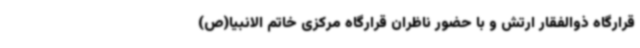
قرارگاه ذوالفقار ارتش و با حضور ناظران قرارگاه مرکزی خاتم الانبیا(ص)